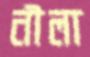
নীলা